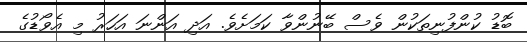
ބޮޑު ކުންފުނިތަކުން ވެސް ބޭނުންވާ ކަމަށެވެ. އަދި އަންނަ އަހަރު މި އެވޯޑުގެ